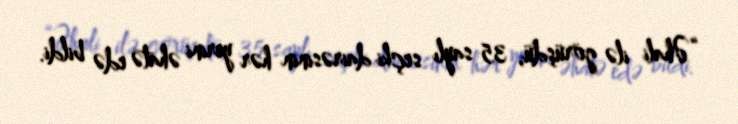
“Əhali ilə görüşdü, 35 saylı seçki dairəsinin hər yerini əhatə edə bildi.